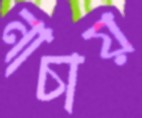
নাচায়